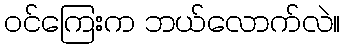
ဝင်ကြေးက ဘယ်လောက်လဲ။